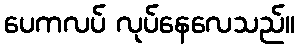
ပေကလပ် လုပ်နေလေသည်။